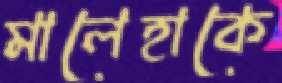
মালেহাকে